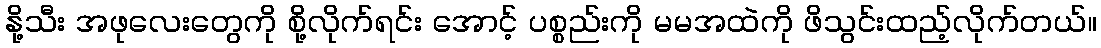
နို့သီး အဖုလေးတွေကို စို့လိုက်ရင်း အောင့် ပစ္စည်းကို မမအထဲကို ဖိသွင်းထည့်လိုက်တယ်။